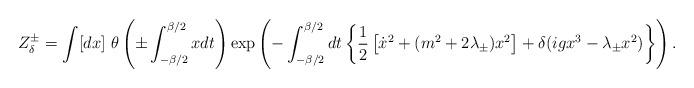
LaTeX: \begin{align*}Z^{\pm}_{\delta}=\int [dx]\ \theta \left(\pm\int^{\beta /2}_{-\beta /2} x dt\right)\exp\left( -\int^{\beta /2}_{-\beta /2} dt \left\{{1\over 2}\left[\dot{x}^2+(m^2+2\lambda_{\pm})x^2\right]+\delta (igx^3-\lambda_{\pm}x^2)\right\}\right).\end{align*}